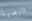
النصية